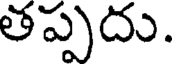
తప్పదు.